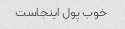
خوب پول اینجاست